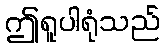
ဤရူပါရုံသည်